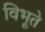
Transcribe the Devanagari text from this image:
विभूते